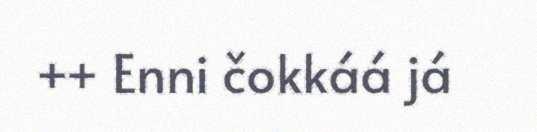
++ Enni čokkáá já